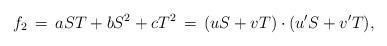
LaTeX: \begin{align*}f_2 \,=\, aST+bS^2+cT^2 \,=\, (uS+vT)\cdot (u'S+v'T),\end{align*}